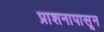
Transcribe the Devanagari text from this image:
प्राशनापासून